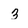
Character: 3